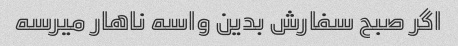
اگر صبح سفارش بدین واسه ناهار میرسه